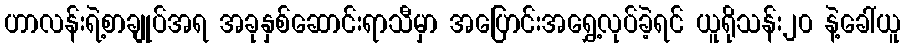
ဟာလန်းရဲ့စာချုပ်အရ အခုနှစ်ဆောင်းရာသီမှာ အပြောင်းအရွှေ့လုပ်ခဲ့ရင် ယူရိုသန်း၂၀ နဲ့ခေါ်ယူ